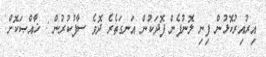
އިރުއިރުކޮޅުން ފިނި ލޮނުފެން ފޮދަކުން އަނގަތެރެ ދޮވެ ސާފުކުރުން : ޚާއްޞަކޮށް